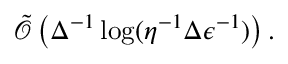
\tilde { \mathcal { O } } \left( \Delta ^ { - 1 } \log ( \eta ^ { - 1 } \Delta \epsilon ^ { - 1 } ) \right) .